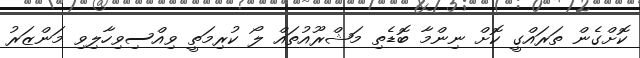
ކޮށްގެން ތަރައްގީ ކޮށް ނިންމާ ބޮޑެތި މަޝްރޫއުތައް ލޯ ކުރިމަތީ ވިއްސިވިހާލިވި މަންޒަރު